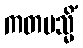
ကတမသ္မိံ